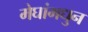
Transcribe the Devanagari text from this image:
मेघांमधुन